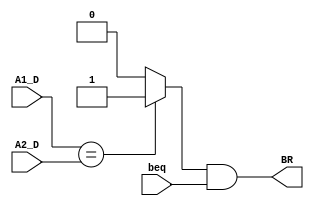
`timescale 1ns / 1ps
//////////////////////////////////////////////////////////////////////////////////
// Company: 
// Engineer: 
// 
// Design Name: 
// Module Name:    D_CMP 
// Project Name: 
// Target Devices: 
// Tool versions: 
// Description: 
//
// Dependencies: 
//
// Revision: 
// Revision 0.01 - File Created
// Additional Comments: 
//
//////////////////////////////////////////////////////////////////////////////////
module D_CMP(
    input [31:0] A1_D,
    input [31:0] A2_D,
	 input beq,
    output BR
    );
	 
wire EQUAL;

assign EQUAL = (A1_D == A2_D) ? 1 : 0;

assign BR = EQUAL & beq;

endmodule